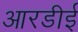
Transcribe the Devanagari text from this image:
आरडीई